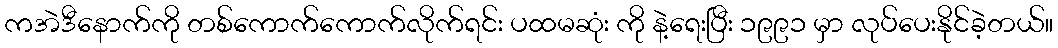
ကအဲဒီနောက်ကို တစ်ကောက်ကောက်လိုက်ရင်း ပထမဆုံး ကို နဲ့ရေးပြီး ၁၉၉၁ မှာ လုပ်ပေးနိုင်ခဲ့တယ်။